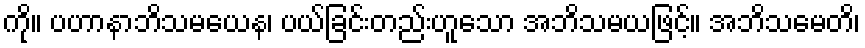
ကို။ ပဟာနာဘိသမယေန၊ ပယ်ခြင်းတည်းဟူသော အဘိသမယဖြင့်။ အဘိသမေတိ၊